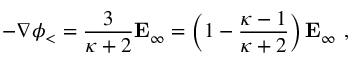
- \nabla \phi _ { < } = { \frac { 3 } { \kappa + 2 } } \mathbf { E } _ { \infty } = \left( 1 - { \frac { \kappa - 1 } { \kappa + 2 } } \right) \mathbf { E } _ { \infty } \ ,